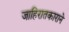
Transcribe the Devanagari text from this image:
जाहिरातकाराने